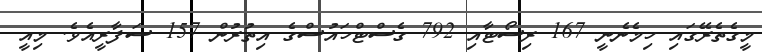
މީގެތެރޭގައި ހިމެނެނީ 167 ރިސޯޓާއި 792 ގެސްޓްހައުސްގެ އިތުރުން 157 ސަފާރީއެވެ. މިއީ